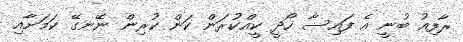
ރާފިއު ބުނީ އެ ފައިސާ ހޯދީ ކީއްކުރަން ކަން ކުރިން ނޭނގޭ ކަމަށާއި